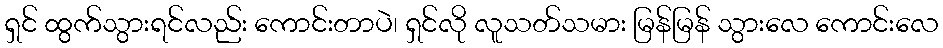
ရှင် ထွက်သွားရင်လည်း ကောင်းတာပဲ၊ ရှင်လို လူသတ်သမား မြန်မြန် သွားလေ ကောင်းလေ